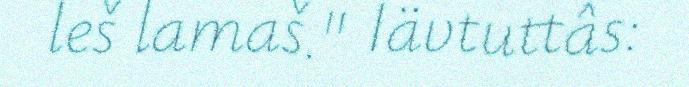
leš lamaš." Iävtuttâs: